Annual administration report of the Civil Veterinary Department, Ajmere-Merwara, British Rajputana - 1914-1940
Year: 1914
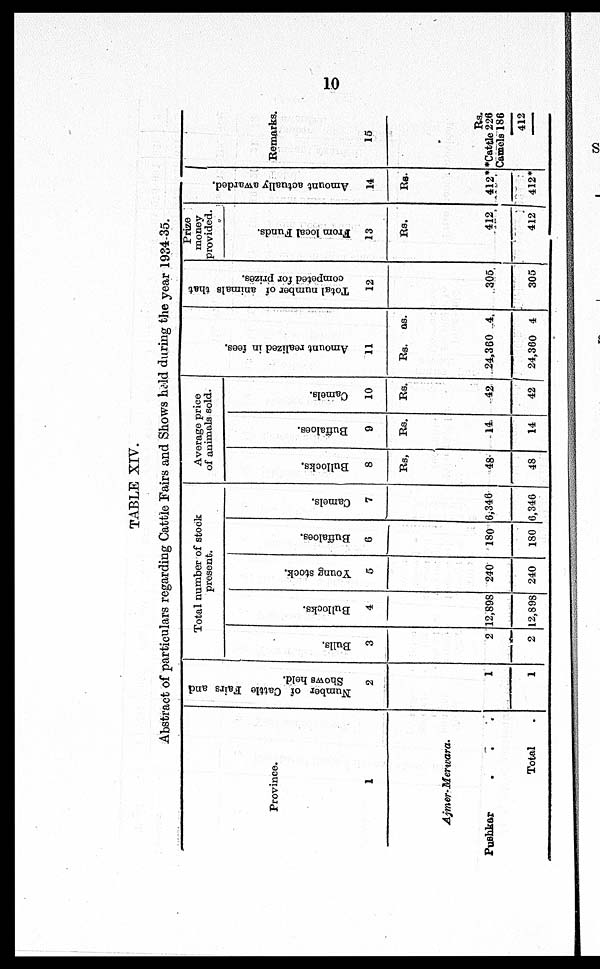
10
TABLE XIV.
Abstract of particulars regarding Cattle Fairs and Shows held during the year 1934-35.
Province.
1
Ajmer-Merwara.
Pushkar . . .
Total .
Number of Cattle Fairs and
Shows held.
2
1
1
Total number of stock
present.
Bulls.
3
2
2
Bullocks.
4
12,898
12,898
Young stock.
5
240
240
Buffaloes.
6
180
180
Camels.
7
6,346
6,346
Average price
of animals sold.
Bullocks.
8
Rs,
48
48
Buffaloes.
9
Rs.
14
14
Camels.
10
Rs.
42
42
Amo u n t r e a l i z e d in fees.
11
Rs.
24,360
24,360
as.
4
4
Total number of animals that
competed for prizes.
12
305
305
Prize
money
provided.
From local Funds.
13
Rs.
412
412
Amo u n t actually awarded.
14
Rs.
412*
412*
Remarks.
15
Rs.
*Cattle 226
Camels 186
412